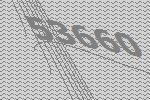
53660